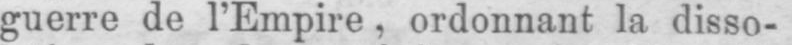
guerre de l’Empire, ordonnant la disso-